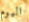
اليوم